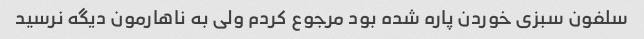
سلفون سبزی خوردن پاره شده بود مرجوع کردم ولی به ناهارمون دیگه نرسید